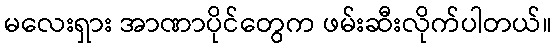
မလေးရှား အာဏာပိုင်တွေက ဖမ်းဆီးလိုက်ပါတယ်။